Lunatic asylums Central Provinces reports 1874-1885 - 1874-1885
Year: 1874
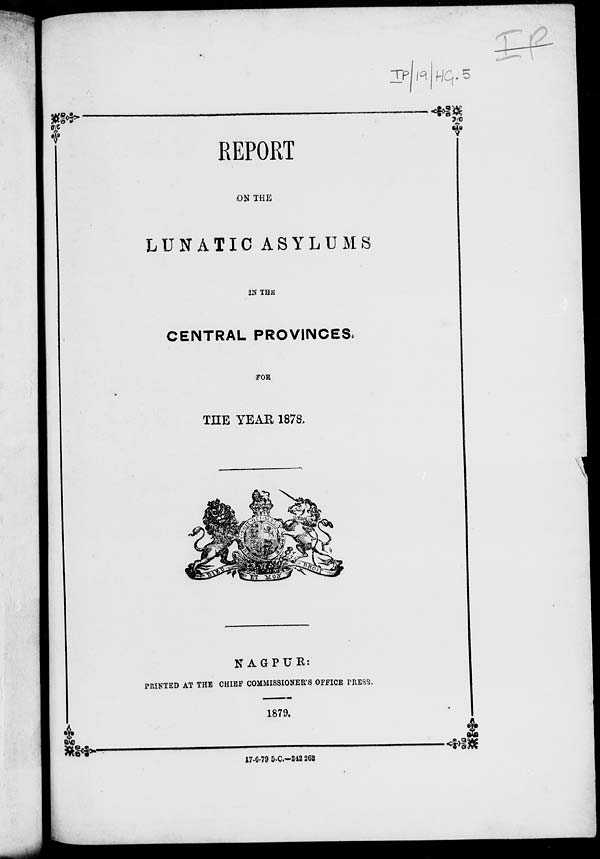
REPORT
ON THE
LUNATIC ASYLUMS
IN THE
CENTRAL PROVINCES.
FOR
THE YEAR 1878.
NAGPUR:
PRINTED AT THE CHIEF COMMISSIONER'S OFFICE PRESS.
1879.
17-6-79 5-C.—242 262